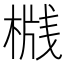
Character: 𬃦